Vaccination in Bombay 1869-1873 - 1869-1873
Year: 1869
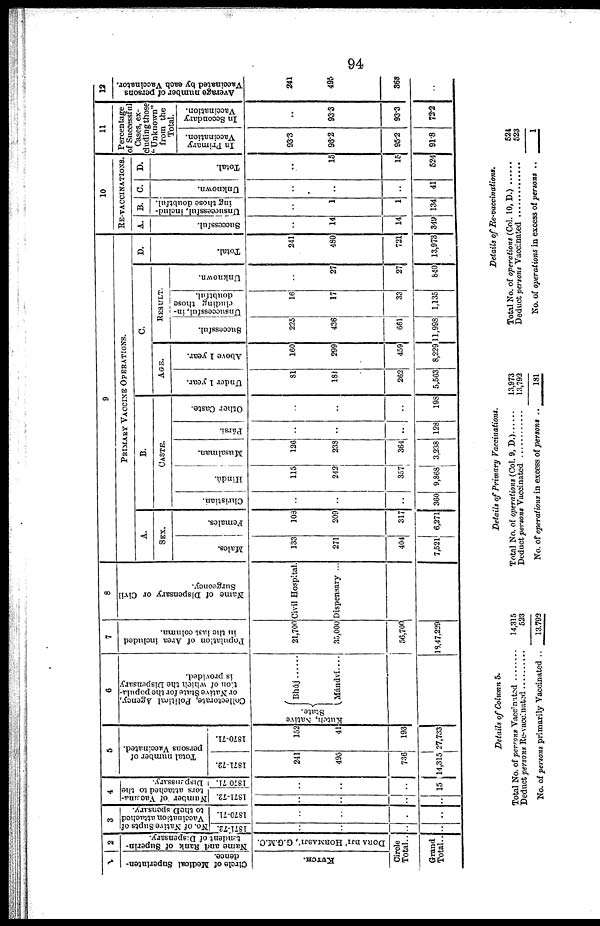
94
1
Circle of Medical Superinten-
dence.
KUTCH.
2
Name and Rank of Superin-
tendent of Dispensary.
DORA BJI' HORMASJI', G.G.M.C.
Circle
Total..
Grand
Total ..
3
No. of Native Supts of
Vaccination attached
to the Dispensary.
1871-72.
..
..
..
..
1870-71.
..
..
..
..
4
Number of Vaccina¬
tors attached to the
Dispenssary.
1871-72.
..
..
..
..
1870-71.
..
..
..
15
5
Total number of
persons Vaccinated.
1871-72.
241
495
736
14,315
1870-71.
152
41
193
27,733
6
Collectorate, Political Agency,
or Native State for the popula-
tion of which the Dispensary
is provided.
Kutch, Native
State.
Bhúj......
Màndví....
7
Population of Area included
in the last column.
21,700
35,000
56,700.
18,47,229
8
Name of Dispensary or Civil
Surgeoncy.
Civil Hospital.
Dispensary ...
9
PRIMARY VACCINE OPERATIONS.
A.
SEX.
Males.
133
271
404
7,521
Females.
108
209
317
6,271
B.
CASTE.
Christian.
..
..
..
360
Hindu.
115
242
357
9,868
Musalman.
126
238
364
3,238
Pársí.
..
..
..
128
Other Caste.
..
..
..
198
C.
AGE.
Under 1 year.
81
181
262
5,563
Above 1 year.
160
299
459
8,229
RESULT.
Successful.
225
436
661
11,998
Unsuccessful, in-
cluding those
doubtful.
16
17
33
1,135
Unknown.
..
27
27
840
D.
Total.
241
480
721
13,973
10
RE-VACCINATIONS.
A.
Successful.
..
14
14
349
B.
Unsuccessful, includ-
ing those doubtful.
..
1
1
134
C.
Unknown.
..
..
..
41
D.
Total.
..
15
15
524
11
Percentage
of Successful
Cases, ex-
cluding those
"Unknown"
from the
Total.
In Primary
Vaccination.
93.3
96.2
95.2
91.8
In Secondary
Vaccination.
..
93.3
93.3
72.2
12
Average number of persons
Vaccinated by each Vaccinator.
241
495
368
..
Details of Column 5.
Total No. of persons Vaccinated ..........
Deduct persons Re-vaccinated ..........
No. of persons primarily Vaccinated ..
14,315
523
13,792
Details of Primary
Vaccinations.
Total No. of operations (Col. 9, D.)
Deduct persons Vaccinated ..............
No. of operations in excess of persons ..
13,973
13,792
181
Details of
Re-vaccinations.
Total No. of operations (Col. 10, D.)
Deduct persons Vaccinated ............
No. of operations in excess of persons ..
524
523
1